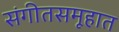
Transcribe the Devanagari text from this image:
संगीतसमूहात